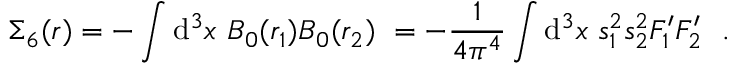
\displaystyle \Sigma _ { 6 } ( r ) = - \int \mathrm { d } ^ { 3 } x ~ B _ { 0 } ( r _ { 1 } ) B _ { 0 } ( r _ { 2 } ) ~ = - \frac { 1 } { 4 \pi ^ { 4 } } \int \mathrm { d } ^ { 3 } x ~ s _ { 1 } ^ { 2 } s _ { 2 } ^ { 2 } F _ { 1 } ^ { \prime } F _ { 2 } ^ { \prime } ~ ~ .